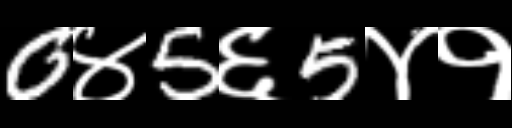
Text: 0४5६5४१